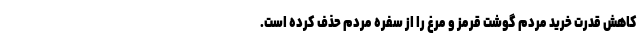
کاهش قدرت خرید مردم گوشت قرمز و مرغ را از سفره مردم حذف کرده است.